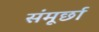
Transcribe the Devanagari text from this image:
संमूर्छा